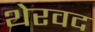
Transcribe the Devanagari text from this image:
थेरवद